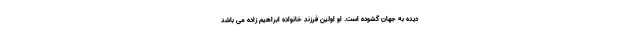
دیده به جهان گشوده است. او اولین فرزند خانواده ابراهیم زاده می باشد